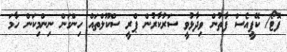
ފޮޓޯ/ ކޭޕީއެސް ފާތުން ވިދާޅުވީ ސަރުކާރުން ޕްރީ ސްކޫލްތައް ހިންގަން ނިންމިކަން ހާމަ